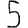
Digit: 5